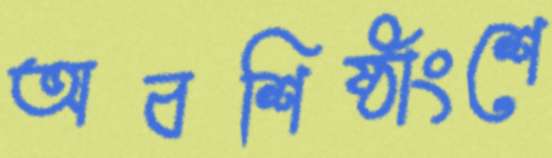
অবশিষ্ঠাংশে